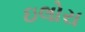
ઇલોરા